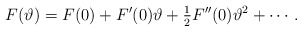
\begin{align*}F(\vartheta) = F(0) + F'(0) \vartheta + \tfrac12 F''(0) \vartheta^2 + \cdots. \end{align*}